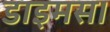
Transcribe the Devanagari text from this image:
डाइमस।